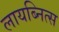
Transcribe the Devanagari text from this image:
लायब्नित्स